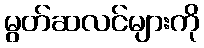
မွတ်ဆလင်များကို